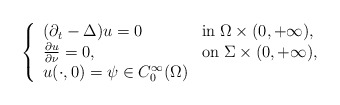
\begin{align*}\left\{\begin{array}{ll}(\partial _t-\Delta )u=0\;\; &\mbox{in}\; \Omega \times (0,+\infty ),\\\frac{\partial u}{\partial \nu}=0, &\mbox{on}\; \Sigma \times (0,+\infty ),\\u(\cdot ,0)=\psi \in C_0^\infty (\Omega)\end{array}\right.\end{align*}